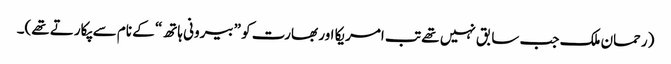
(رحمان ملک جب سابق نہیں تھے تب امریکا اور بھارت کو ”بیرونی ہاتھ“ کے نام سے پکارتے تھے)۔